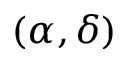
( \alpha , \delta )